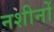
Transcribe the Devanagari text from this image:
नशीनों